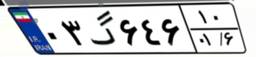
۰۳گ۶۴۶۱۰